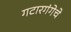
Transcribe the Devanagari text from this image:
गटारगंगेचे